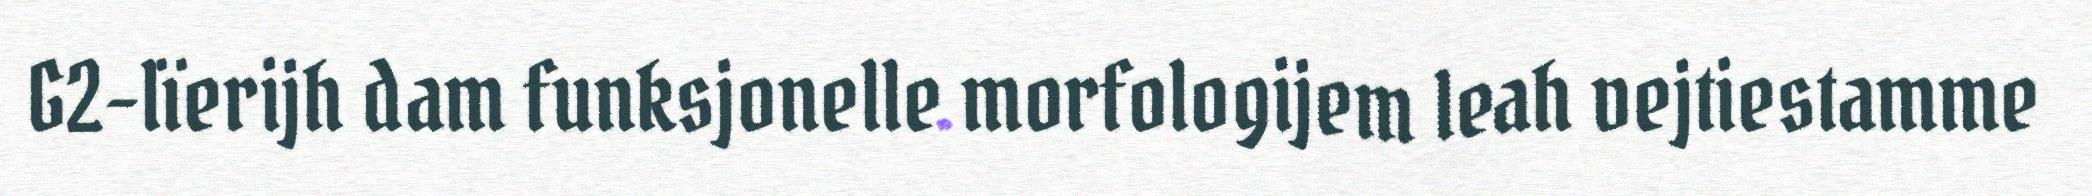
G2-lïerijh dam funksjonelle morfologijem leah vejtiestamme